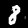
Digit: 8